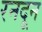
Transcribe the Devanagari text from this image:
रनदून